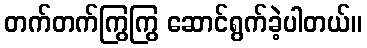
တက်တက်ကြွကြွ ဆောင်ရွက်ခဲ့ပါတယ်။